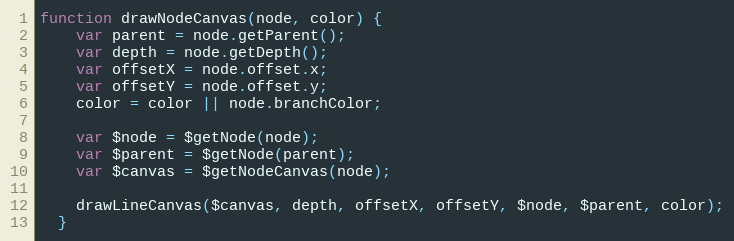
Language: JavaScript
function drawNodeCanvas(node, color) {
    var parent = node.getParent();
    var depth = node.getDepth();
    var offsetX = node.offset.x;
    var offsetY = node.offset.y;
    color = color || node.branchColor;

    var $node = $getNode(node);
    var $parent = $getNode(parent);
    var $canvas = $getNodeCanvas(node);

    drawLineCanvas($canvas, depth, offsetX, offsetY, $node, $parent, color);
  }